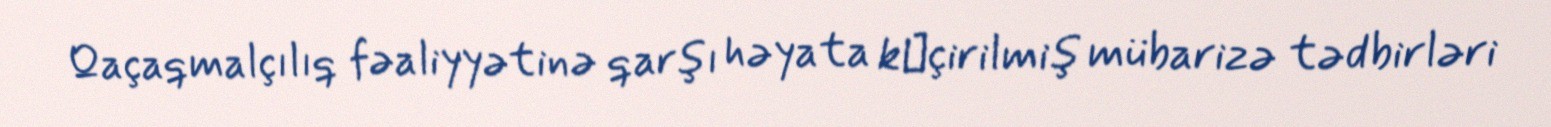
Qaçaqmalçılıq fəaliyyətinə qarşı həyata kеçirilmiş mübarizə tədbirləri